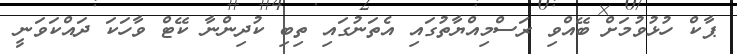
ޕާކް ހުޅުވުމަށް ބޭއްވި ރަސްމިއްޔާތުގައި އެތަނުގައި ތިބި ކުދިންނާ ކޭޓް ވާހަކަ ދައްކަވަނީ